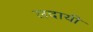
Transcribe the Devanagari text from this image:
लदायी